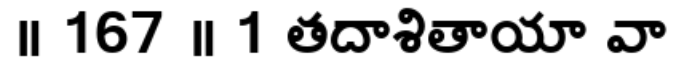
॥ 167 ॥ 1 తదాశితాయా వా